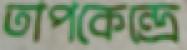
তাপকেন্দ্রে